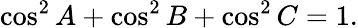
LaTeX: \displaystyle\cos^{2}{A}+\cos^{2}{B}+\cos^{2}{C}=1.